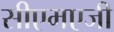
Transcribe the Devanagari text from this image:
सीएमएजी